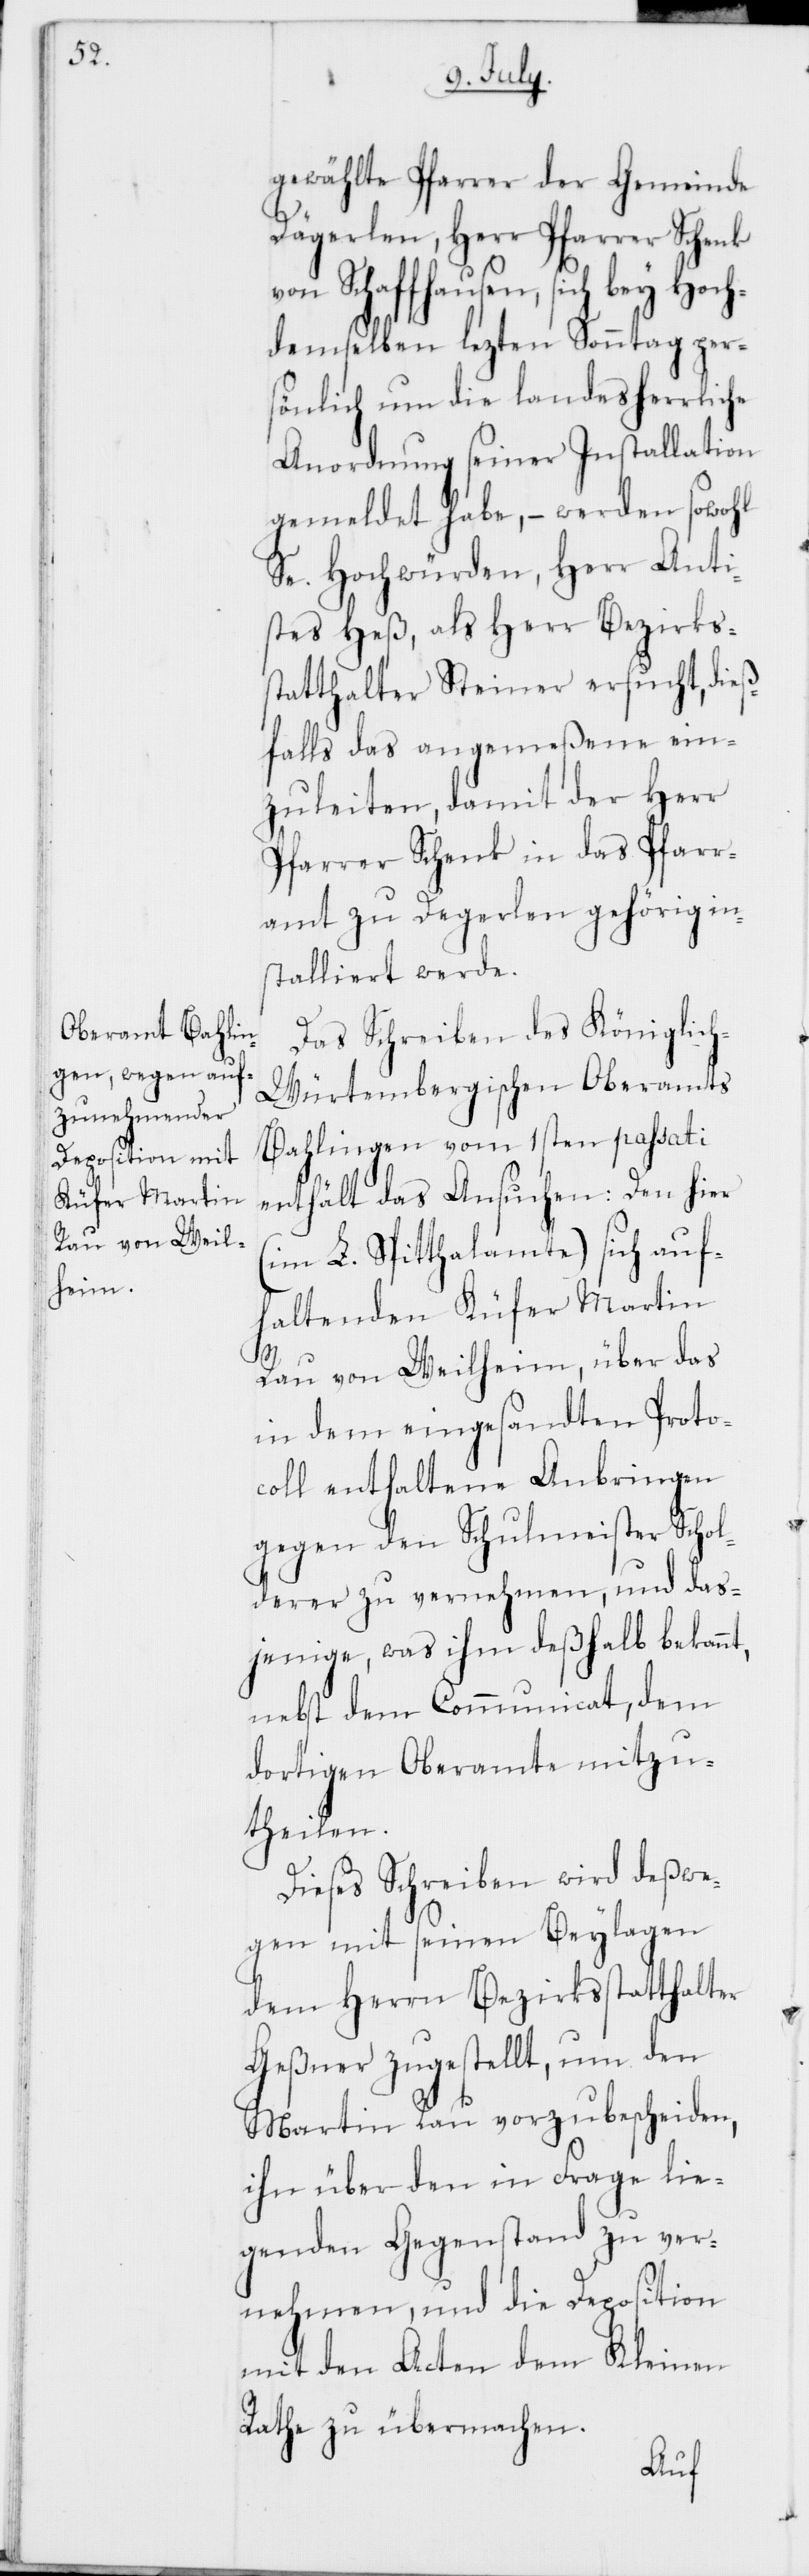
gewählte Pfarrer der Gemeinde
Dägerlen, Herr Pfarrer Schenk
von Schaffhausen, sich bey Hoch¬
demselben lezten Sonntag per¬
sönlich um die landesherrliche
Anordnung seiner Installation
gemeldet habe, – werden sowohl
Se. Hochwürden, Herr Anti¬
stes Heß, als Herr Bezirks¬
statthalter Steiner ersucht, dieß¬
falls das angemeßene ein¬
zuleiten, damit der Herr
Pfarrer Schenk in das Pfarr¬
stalliert werde.
Das Schreiben des Königlic¬
h-Würtembergischen Oberamts
Bahlingen vom 1sten passati
enthält das Ansuchen: Den hier
(im L. Spitthalamte) sich auf¬
haltenden Küfer Martin
t,
Rau von Weilheim, über das
in dem eingesandten Proto¬
coll enthaltene Anbringen
gegen den Schulmeister Schol¬
derer zu vernehmen, und das¬
jenige, was ihm deßhalb bekann¬
nebst dem Communicat, dem
dortigen Oberamte mitzu¬
theilen.
Dieses Schreiben wird deßwe¬
gen mit seinen Beylagen
dem Herrn Bezirksstatthalter
Geßner zugestellt, um den
Martin Rau vorzubescheiden,
ihn über den in Frage lie¬
genden Gegenstand zu ver¬
nehmen, und die Deposition
mit den Acten dem Kleinen
Rathe zu übermachen.